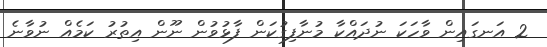
2 އަނގައިން ވާހަކަ ނުދައްކާ މުނާފިގުކަން ފާޅުވުން ނޫން އިތުރު ކަމެއް ނުވާނެ